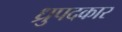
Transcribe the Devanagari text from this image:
ध्रुपदकार